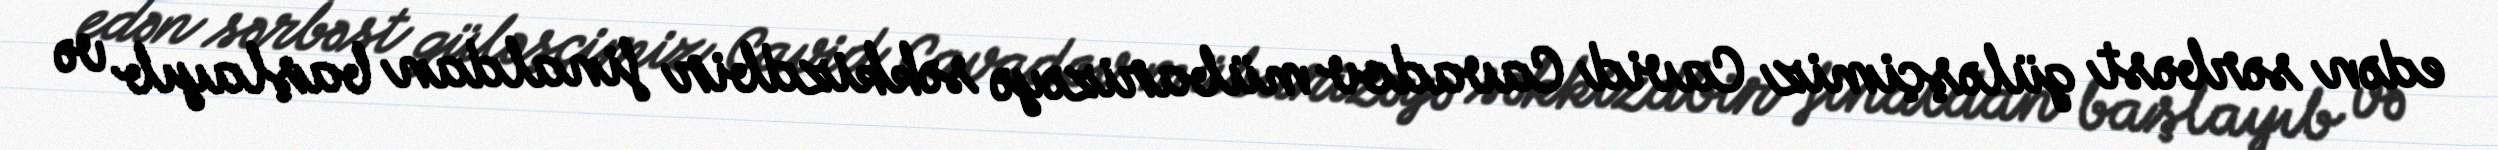
edən sərbəst güləşçimiz Cavid Cavadov mübarizəyə səkkizdbir finaldan başlayıb və